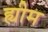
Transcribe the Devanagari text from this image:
ह्यीम